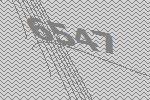
6547